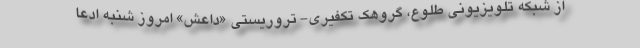
از شبکه تلویزیونی طلوع، گروهک تکفیری- تروریستی «داعش» امروز شنبه ادعا